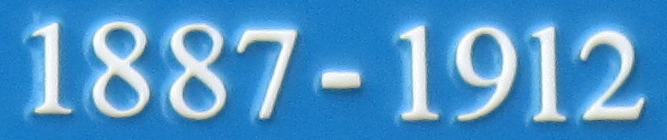
1887-1912